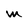
Character: M